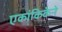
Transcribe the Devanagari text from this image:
एकांकिकेने